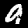
Digit: 9